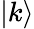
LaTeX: |k\rangle